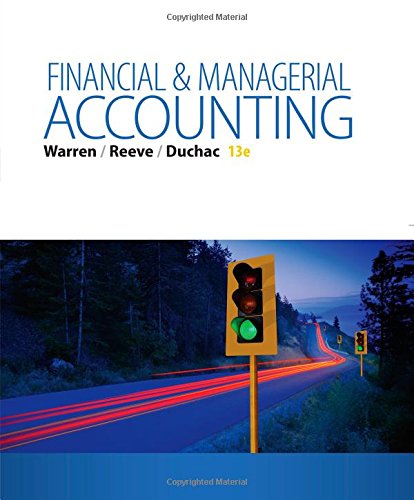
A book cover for Financial & Managerial Accounting; Carl S. Warren; Business & Money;